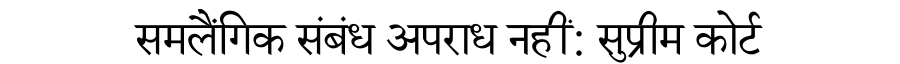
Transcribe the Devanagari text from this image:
समलैंगिक संबंध अपराध नहीं: सुप्रीम कोर्ट